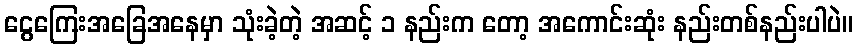
ငွေကြေးအခြေအနေမှာ သုံးခဲ့တဲ့ အဆင့် ၁ နည်းက တော့ အကောင်းဆုံး နည်းတစ်နည်းပါပဲ။